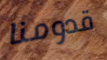
قدومنا